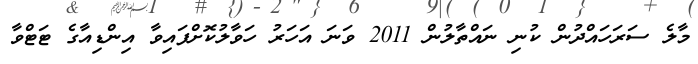
މާލެ ސަރަހައްދުން ކުނި ނައްތާލުން 2011 ވަނަ އަހަރު ހަވާލުކޮށްފައިވާ އިންޑިއާގެ ޓަޓްވާ